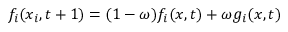
f _ { i } ( x _ { i } , t + 1 ) = ( 1 - \omega ) f _ { i } ( x , t ) + \omega g _ { i } ( x , t )